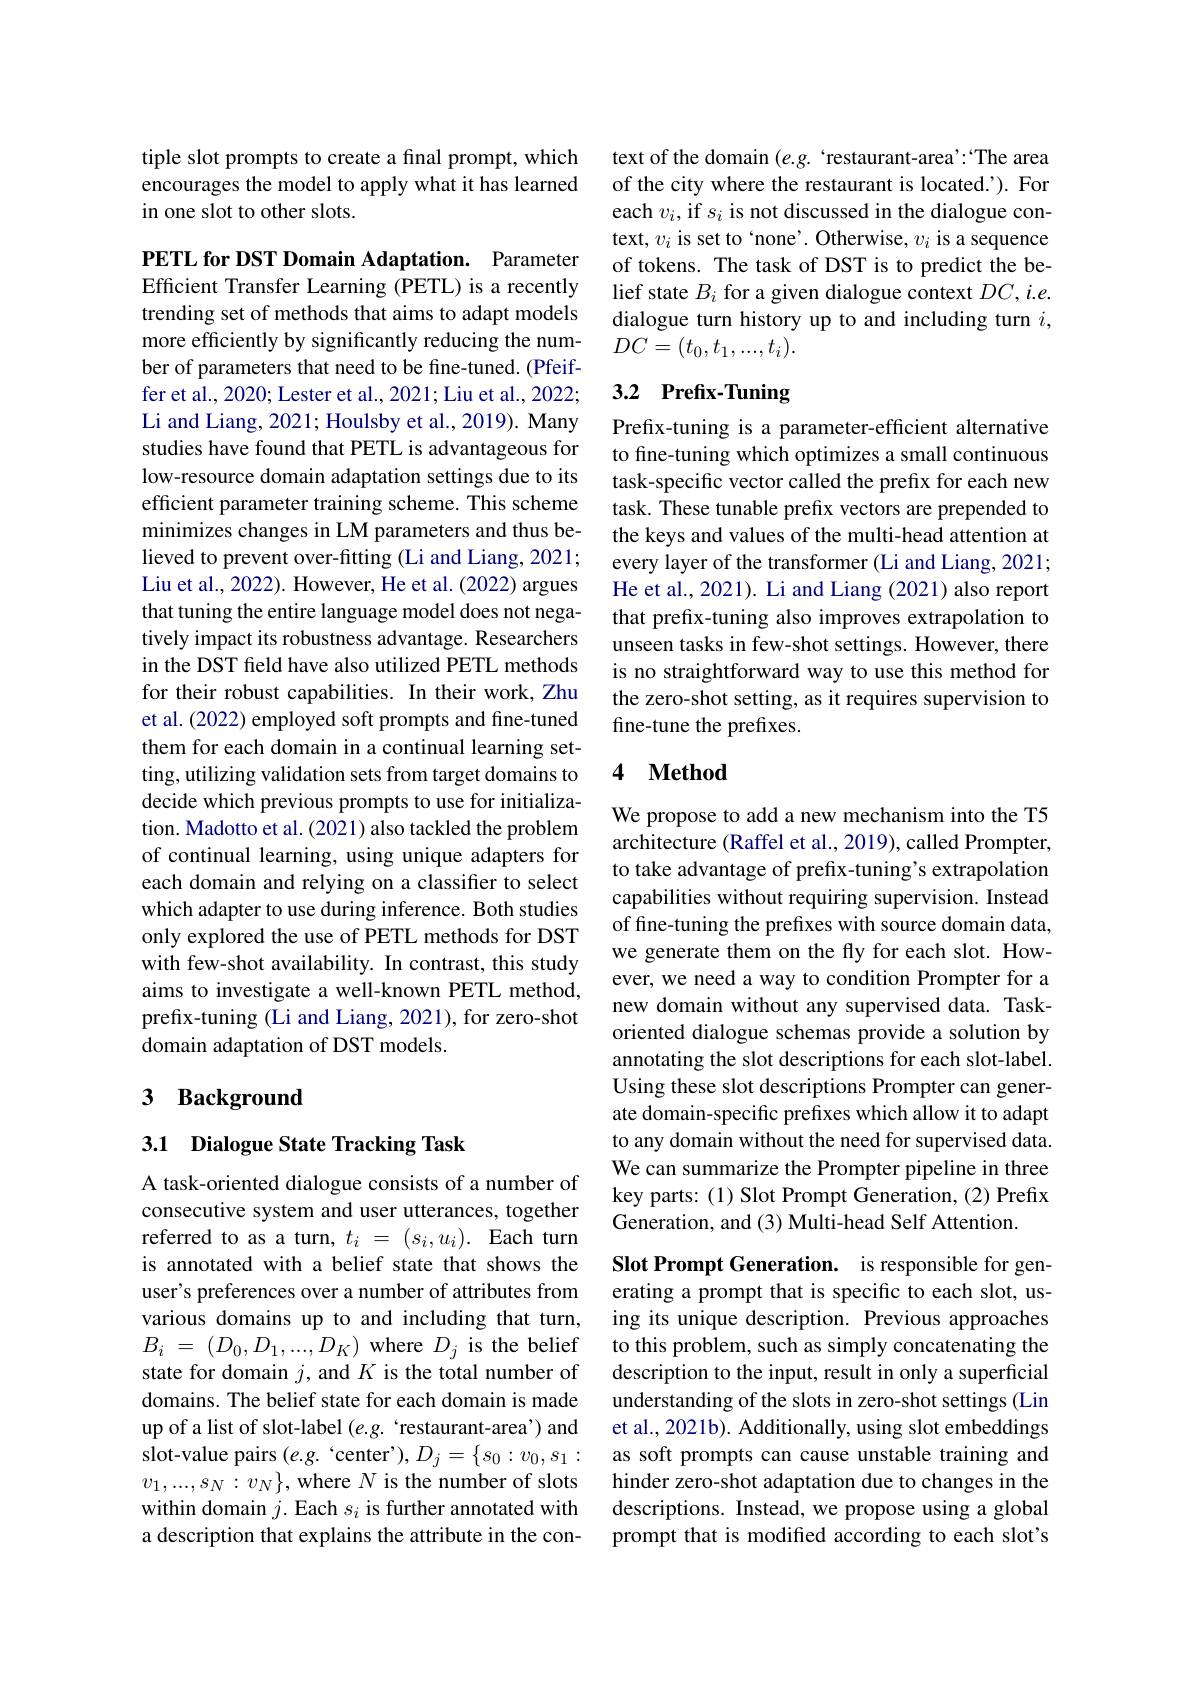
tiple slot prompts to create a final prompt, which encourages the model to apply what it has learned in one slot to other slots.

PETL for DST Domain Adaptation. Parameter Efficient Transfer Learning (PETL) is a recently trending set of methods that aims to adapt models more efficiently by significantly reducing the number of parameters that need to be fine-tuned. (Pfeiffer et al., 2020; Lester et al., 2021; Liu et al., 2022; Li and Liang, 2021; Houlsby et al., 2019). Many studies have found that PETL is advantageous for low-resource domain adaptation settings due to its efficient parameter training scheme. This scheme minimizes changes in LM parameters and thus believed to prevent over-fitting (Li and Liang, 2021; Liu et al., 2022). However, He et al. (2022) argues that tuning the entire language model does not negatively impact its robustness advantage. Researchers in the DST feld have also utilized PETL methods for their robust capabilities. In their work, Zhu et al. (2022) employed soft prompts and fine-tuned them for each domain in a continual learning setting, utilizing validation sets from target domains to decide which previous prompts to use for initialization. Madotto et al. (2021) also tackled the problem of continual learning, using unique adapters for each domain and relying on a classifier to select which adapter to use during inference. Both studies only explored the use of PETL methods for DST with few-shot availability. In contrast, this study aims to investigate a well-known PETL method, prefix-tuning (Li and Liang, 2021), for zero-shot domain adaptation of DST models.

## 3 Background

## 3.1 Dialogue State Tracking Task

A task-oriented dialogue consists of a number of consecutive system and user utterances, together referred to as a turn, $t_i=(s_i,u_i).$ Each turn is annotated with a belief state that shows the user's preferences over a number of attributes from various domains up to and including that turn, $B_{i}$ = $( D_{0}, D_{1}, . . . , D_{K})$ where $D_{j}$ is the belief state for domain $j$, and $K$ is the total number of domains. The belief state for each domain is made up of a list of slot-label (e.g. ‘restaurant-area’) and slot-value pairs (e.g.`center'),$D_j= \{ s_0: v_0, s_1:$ as soft prompts can cause unstable training and
$v_1,...,s_N:v_N\}$,where $N$ is the number of slots within domain $j.$ Each $s_i$ is further annotated with a description that explains the attribute in the con-

text of the domain (e.g. 'restaurant-area': "The area of the city where the restaurant is located.'). For each $v_i$, if $s_i$ is not discussed in the dialogue context, $v_i$ is set to‘none’. Otherwise, $v_i$ is a sequence of tokens. The task of DST is to predict the belief state $B_i$ for a given dialogue context $DC,i.e.$ dialogue turn history up to and including turn $i$, $DC=(t_0,t_1,...,t_i).$

# 3.2 Prefix-Tuning

Prefix-tuning is a parameter-efficient alternative to fine-tuning which optimizes a small continuous task-specific vector called the prefix for each new task. These tunable prefix vectors are prepended to the keys and values of the multi-head attention at every layer of the transformer (Li and Liang, 2021; He et al., 2021). Li and Liang (2021) also report that prefix-tuning also improves extrapolation to unseen tasks in few-shot settings. However, there is no straightforward way to use this method for the zero-shot setting, as it requires supervision to fine-tune the prefixes.

### 4 $\textbf{Method}$

We propose to add a new mechanism into the T5 architecture (Raffel et al., 2019), called Prompter, to take advantage of prefix-tuning's extrapolation capabilities without requiring supervision. Instead of fine-tuning the prefixes with source domain data, we generate them on the fly for each slot. However, we need a way to condition Prompter for a new domain without any supervised data. Taskoriented dialogue schemas provide a solution by annotating the slot descriptions for each slot-label. Using these slot descriptions Prompter can generate domain-specific prefixes which allow it to adapt to any domain without the need for supervised data. We can summarize the Prompter pipeline in three key parts: (1) Slot Prompt Generation, (2) Prefix Generation, and (3) Multi-head Self Attention.

Slot Prompt Generation. is responsible for generating a prompt that is specific to each slot, using its unique description. Previous approaches to this problem, such as simply concatenating the description to the input, result in only a superficial understanding of the slots in zero-shot settings (Lin et al., 2021b). Additionally, using slot embeddings hinder zero-shot adaptation due to changes in the descriptions. Instead, we propose using a global prompt that is modified according to each slot's